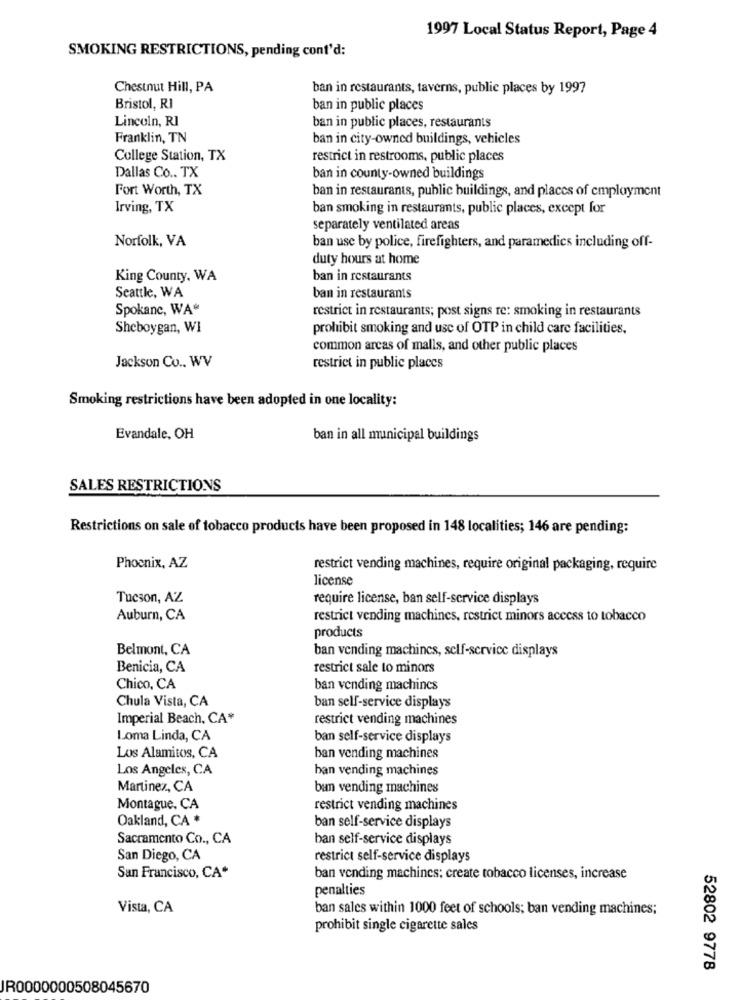
1997 Local Status Report, Page 4
SMOKING RESTRICTIONS, pending cont'd:
Chestnut Hill, PA
ban in restaurants, taverns, public places by 1997
Bristol, RI
ban in public places
Lincoln, RI
ban in public places, restaurants
Franklin, TN
ban in city-owned buildings, vehicles
College Station, TX
restrict in restrooms, public places
Dallas Co .. TX
ban in county-owned buildings
Fort Worth, TX
ban in restaurants, public buildings, and places of employment
Irving, TX
ban smoking in restaurants, public places, except for
separately ventilated areas
Norfolk, VA
ban use by police, firefighters, and paramedics including off-
duty hours at home
King County, WA
ban in restaurants
Seattle, WA
ban in restaurants
Spokanc, WA*
restrict in restaurants; post signs re: smoking in restaurants
Sheboygan, WI
prohibit smoking and use of OTP in child care facilities,
common arcas of malls, and other public places
Jackson Co .. WV
restrict in public places
Smoking restrictions have been adopted in one locality:
Evandale, OH
ban in all municipal buildings
SALES RESTRICTIONS
Restrictions on sale of tobacco products have been proposed in 148 localities; 146 are pending:
Phoenix, AZ
restrict vending machines, require original packaging, require
license
Tucson, AZ
require license, ban self-service displays
Auburn, CA
restrict vending machines, restrict minors access to tobacco
products
Belmont, CA
ban vending machines, self-service displays
Benicia, CA
restrict sale to minors
Chico, CA
ban vending machines
Chula Vista, CA
ban self-service displays
Imperial Beach, CA*
restrict vending machines
Loma Linda, CA
ban self-service displays
Los Alamitos, CA
ban vending machines
Los Angeles, CA
ban vending machines
Martinez, CA
bun vending machines
Montague, CA
restrict vending machines
Oakland, CA *
ban self-service displays
Sacramento Co ., CA
ban self-service displays
San Diego, CA
restrict self-service displays
San Francisco, CA*
ban vending machines; create tobacco licenses, increase
penalties
Vista, CA
ban sales within 1000 feet of schools; ban vending machines;
prohibit single cigarette sales
52802 9778
JR0000000508045670